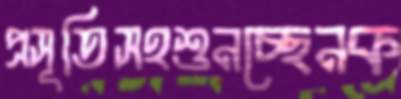
প্রসূতিসহশুনচ্ছেনক